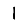
Digit: 1